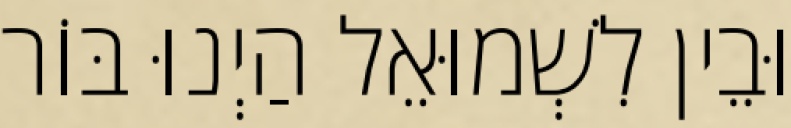
וּבֵין לִשְׁמוּאֵל הַיְנוּ בּוֹר